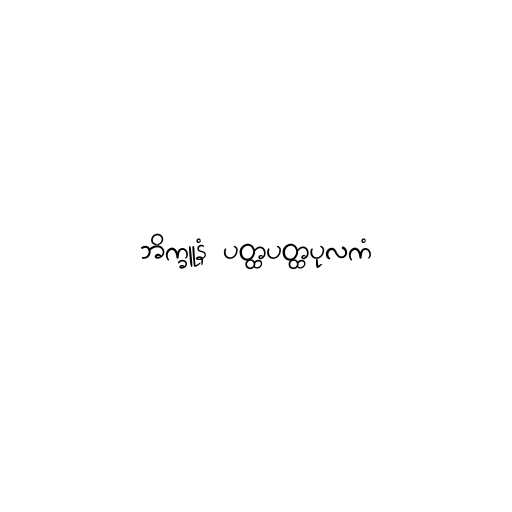
ဘိက္ခူနံ ပတ္ထပတ္ထပုလကံ